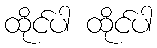
ထိုင်ပါ ထိုင်ပါ